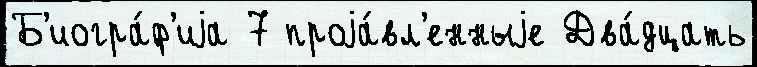
Б'иогра́ф'иjа 7 проjа́вл'енныjе Два́дцать